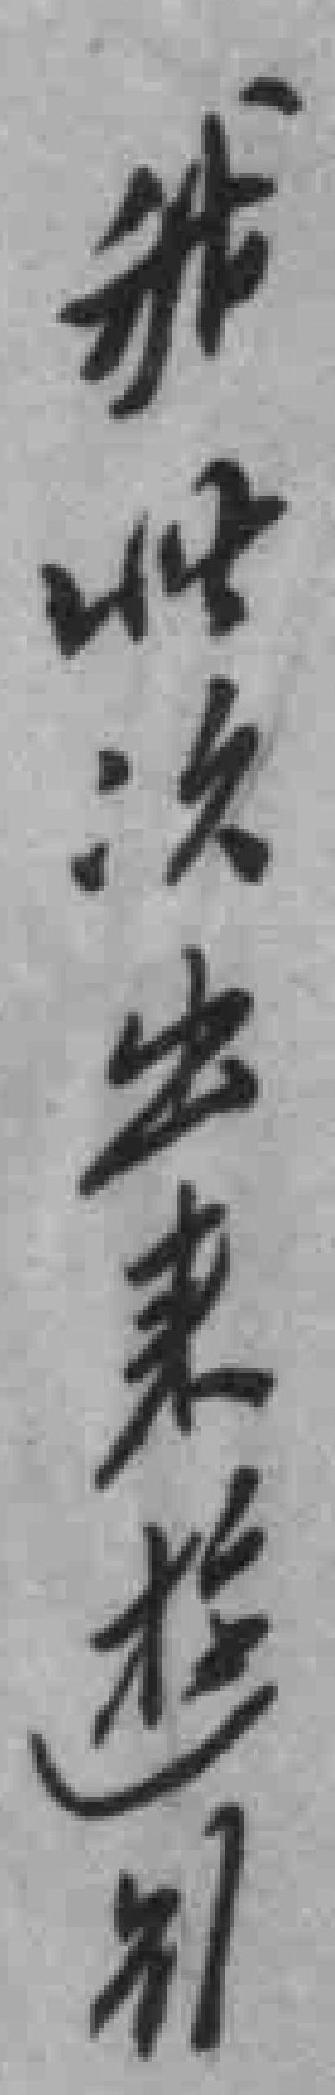
我此次出來游*